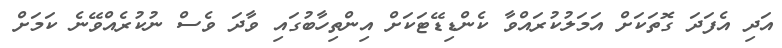
އަދި އެފަދަ ގޮތަކަށް އަމަލުކުރައްވާ ކެންޑިޑޭޓަކަށް އިންތިހާބުގައި ވާދަ ވެސް ނުކުރެއްވޭނެ ކަމަށް